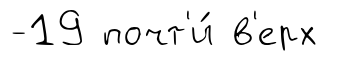
-19 почт'и́ в'ерх